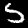
Label: 5